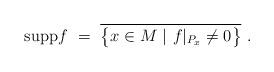
LaTeX: \begin{align*} \mathrm{supp} f~=~\overline{\bigl\{ x \in M~|~f\vert_{P_x} \neq 0 \bigr\}}~.\end{align*}